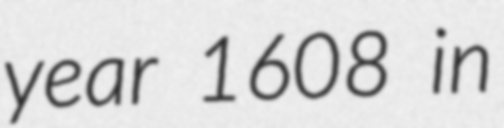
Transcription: year 1608 in